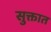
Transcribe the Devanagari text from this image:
सुक्तात